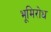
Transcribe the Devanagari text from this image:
भूमिरोध